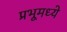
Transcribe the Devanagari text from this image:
प्रभूमध्ये